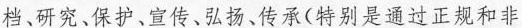
档、研究、保护、宣传、弘扬、传承(特别是通过正规和非